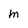
Character: m